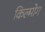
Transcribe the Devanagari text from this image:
किल्मोग